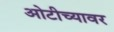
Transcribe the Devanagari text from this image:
ओटीच्यावर